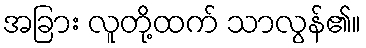
အခြား လူတို့ထက် သာလွန်၏။